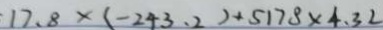
1 7 . 8 \times ( - 2 4 3 . 2 ) + 5 1 7 8 \times 4 . 3 2